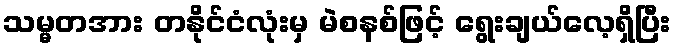
သမ္မတအား တနိုင်ငံလုံးမှ မဲစနစ်ဖြင့် ရွေးချယ်လေ့ရှိပြီး